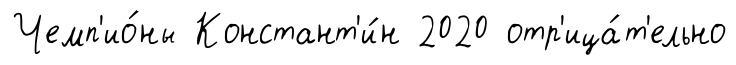
Чемп'ио́ны Констант'и́н 2020 отр'ица́т'ельно